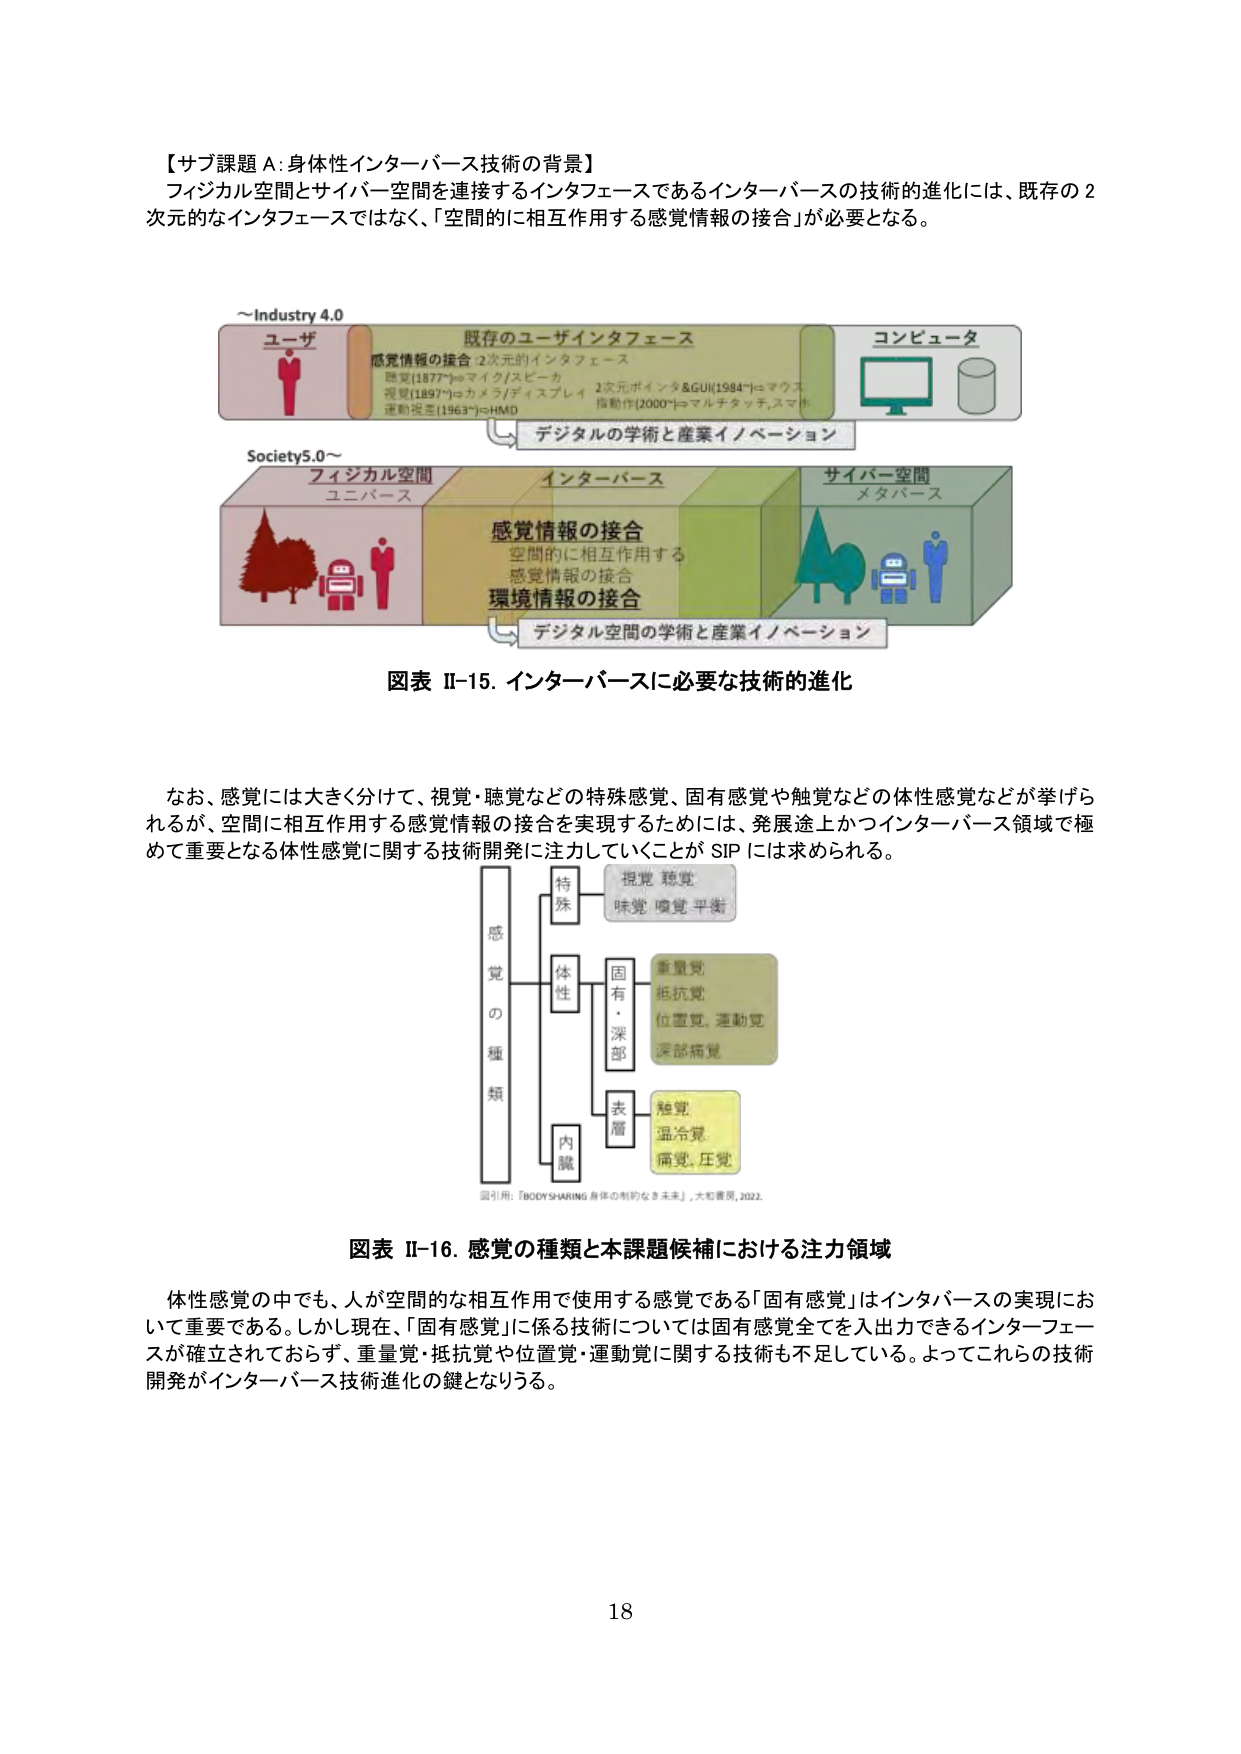
【サブ課題 A: 身体性インターバース技術の背景】
フィジカル空間とサイバー空間を連接するインターフェースであるインターバースの技術的進化には、既存の2次元的なインターフェースではなく、「空間的に相互作用する感覚情報の接合」が必要となる。

～Industry 4.0
ユーザ
既存のユーザインタフェース
感覚情報の接合：2次元的インターフェース
聴覚[1877*]⇒マイク/スピーカ
視覚[1897*]⇒カメラ/ディスプレイ 2次元ポインタ&GUI[1984*]⇒マウス
運動視覚[1963*]⇒HMD
指動作[2000*]⇒マルチタッチ、スマホ
コンピュータ
デジタルの学術と産業イノベーション

Society5.0～
フィジカル空間
ユニバース
インターバース
サイバー空間
メタバース
感覚情報の接合
空間的に相互作用する
感覚情報の接合
環境情報の接合
デジタル空間の学術と産業イノベーション

図表 II-15. インターバースに必要な技術の進化

なお、感覚には大きく分けて、視覚・聴覚などの特殊感覚、固有感覚や触覚などの体性感覚などが挙げられるが、空間に相互作用する感覚情報の接合を実現するためには、発展途上かつインターバース領域で極めて重要となる体性感覚に関する技術開発に注力していくことが SIP には求められる。

感覚の種類
　　特殊
　　　　視覚 聴覚
　　　　味覚 嗅覚 平衡
　　体性
　　　　固有・深部
　　　　　　重量覚
　　　　　　抵抗覚
　　　　　　位置覚、運動覚
　　　　　　深部痛覚
　　　　表層
　　　　　　触覚
　　　　　　温冷覚
　　　　　　痛覚、圧覚
　　内臓
図引用:『BODYSHARING 身体の制的なき未来』, 大和書房, 2022.

図表 II-16. 感覚の種類と本課題候補における注力領域

体性感覚の中でも、人が空間的な相互作用で使用する感覚である「固有感覚」はインターバースの実現において重要である。しかし現在、「固有感覚」に係る技術については固有感覚全てを入出力できるインターフェースが確立されておらず、重量覚・抵抗覚や位置覚・運動覚に関する技術も不足している。よってこれらの技術開発がインターバース技術進化の鍵となりうる。

18